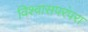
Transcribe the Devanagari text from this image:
विश्वासपरंपरा